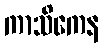
ကာသိကေန